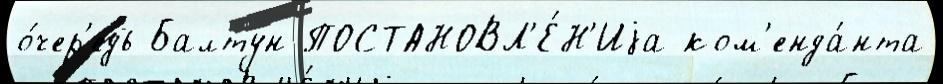
о́чер'едь Балтун ПОСТАНОВЛ'Е́Н'Иjа ком'енда́нта